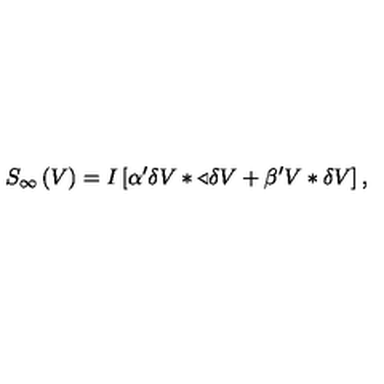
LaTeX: S _ { \infty } \left( V \right) = I \left[ \alpha ^ { \prime } \delta V \ast \triangleleft \delta V + \beta ^ { \prime } V \ast \delta V \right] ,